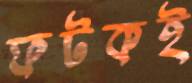
ফটকই